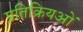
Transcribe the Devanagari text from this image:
प्रतिक्रियओं